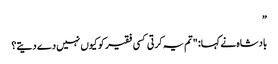
”
بادشاہ نے کہا: "تم یہ کرتی کسی فقیر کو کیوں نہیں دے دیتے؟